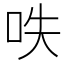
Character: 呹